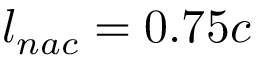
{ l _ { n a c } = 0 . 7 5 c }